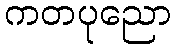
ကတပုညော